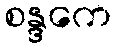
စန္ဒကေ